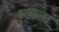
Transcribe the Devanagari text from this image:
श्रंख्ला